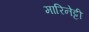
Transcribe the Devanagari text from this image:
मारिनेट्टी